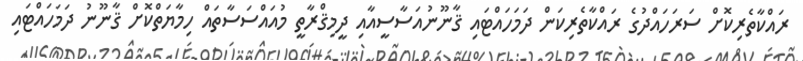
ރައްކާތެރިކޮށް ސަރަހައްދުގެ ރައްކާތެރިކަން ދަމަހައްޓައި ޤާނޫނުއަސާސީއާއި ދީމިޤްރާތީ މުއައްސަސާތައް ހިމާޔަތްކޮށް ޤާނޫނު ދަމަހައްޓައި